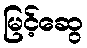
မြင့်ဆွေ